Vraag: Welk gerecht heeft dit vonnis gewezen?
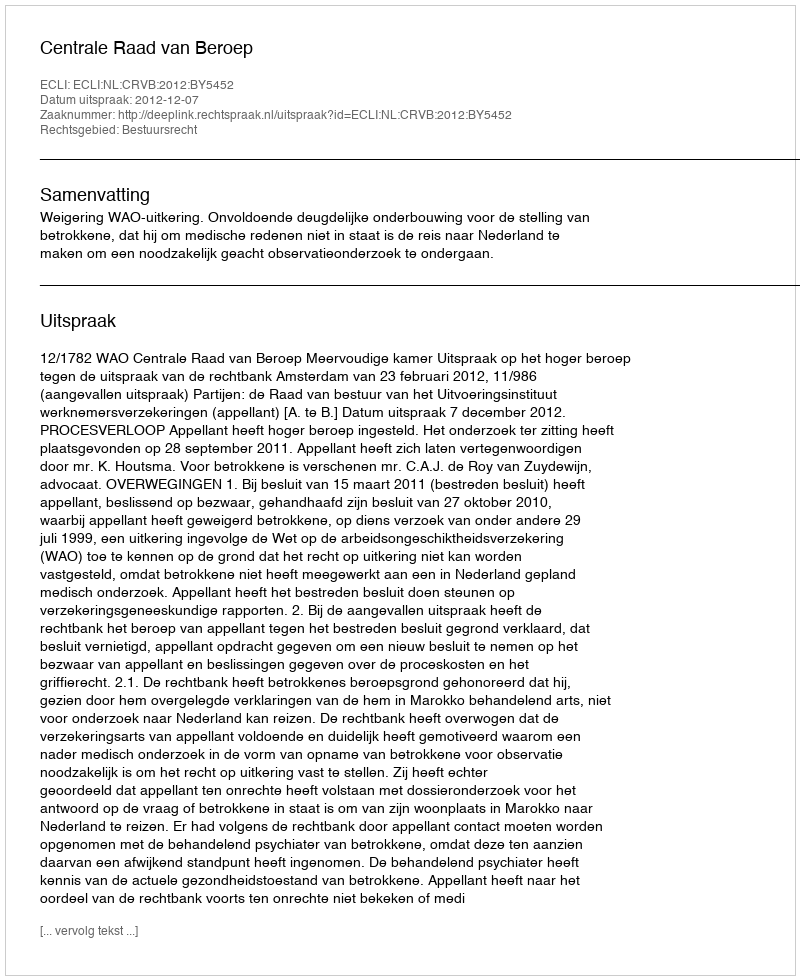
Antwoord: Centrale Raad van Beroep